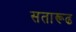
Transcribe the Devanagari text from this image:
सतारूढ